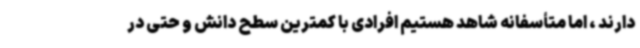
دارند ، اما متأسفانه شاهد هستیم افرادی با کمترین سطح دانش و حتی در